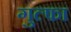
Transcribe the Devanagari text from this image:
गुल्फा